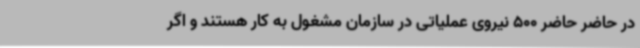
در حاضر حاضر 500 نیروی عملیاتی در سازمان مشغول به کار هستند و اگر